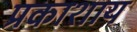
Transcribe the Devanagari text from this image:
प्रकाशाय